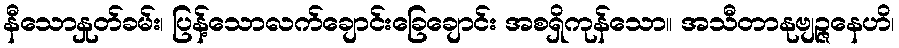
နီသောနှုတ်ခမ်း၊ ပြန့်သောလက်ချောင်းခြေချောင်း အစရှိကုန်သော။ အသီတာနုဗျဉ္ဇနေဟိ၊